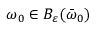
\omega _ { 0 } \in B _ { \varepsilon } ( \bar { \omega } _ { 0 } )